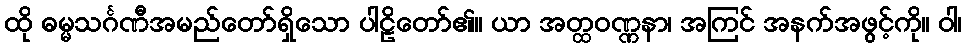
ထို ဓမ္မသင်္ဂဏီအမည်တော်ရှိသော ပါဠိတော်၏။ ယာ အတ္ထဝဏ္ဏနာ၊ အကြင် အနက်အဖွင့်ကို။ ဝါ၊